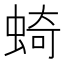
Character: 䗁